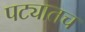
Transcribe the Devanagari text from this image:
पट्यातच